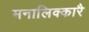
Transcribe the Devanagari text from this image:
मनालिक्कारै